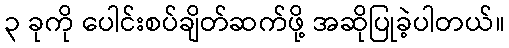
၃ ခုကို ပေါင်းစပ်ချိတ်ဆက်ဖို့ အဆိုပြုခဲ့ပါတယ်။